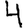
Digit: 4